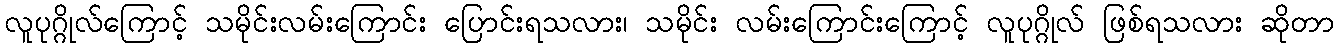
လူပုဂ္ဂိုလ်ကြောင့် သမိုင်းလမ်းကြောင်း ပြောင်းရသလား၊ သမိုင်း လမ်းကြောင်းကြောင့် လူပုဂ္ဂိုလ် ဖြစ်ရသလား ဆိုတာ